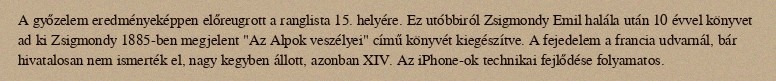
A győzelem eredményeképpen előreugrott a ranglista 15. helyére. Ez utóbbiról Zsigmondy Emil halála után 10 évvel könyvet ad ki Zsigmondy 1885-ben megjelent "Az Alpok veszélyei" című könyvét kiegészítve. A fejedelem a francia udvarnál, bár hivatalosan nem ismerték el, nagy kegyben állott, azonban XIV. Az iPhone-ok technikai fejlődése folyamatos.